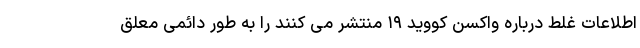
اطلاعات غلط درباره واکسن کووید ۱۹ منتشر می کنند را به طور دائمی معلق